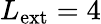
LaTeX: L_{\mathrm{ext}}=4